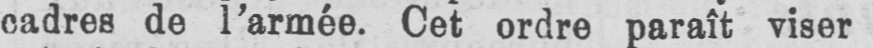
cadres de l’armée. Cet ordre paraît viser